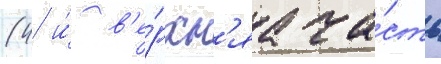
(4 и́ в'е́рхн'яа ча́сть